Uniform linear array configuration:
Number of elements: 32
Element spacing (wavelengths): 0.5
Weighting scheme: binomial
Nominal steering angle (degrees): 0
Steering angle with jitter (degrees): -1.824
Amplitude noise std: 0.05
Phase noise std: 0.05

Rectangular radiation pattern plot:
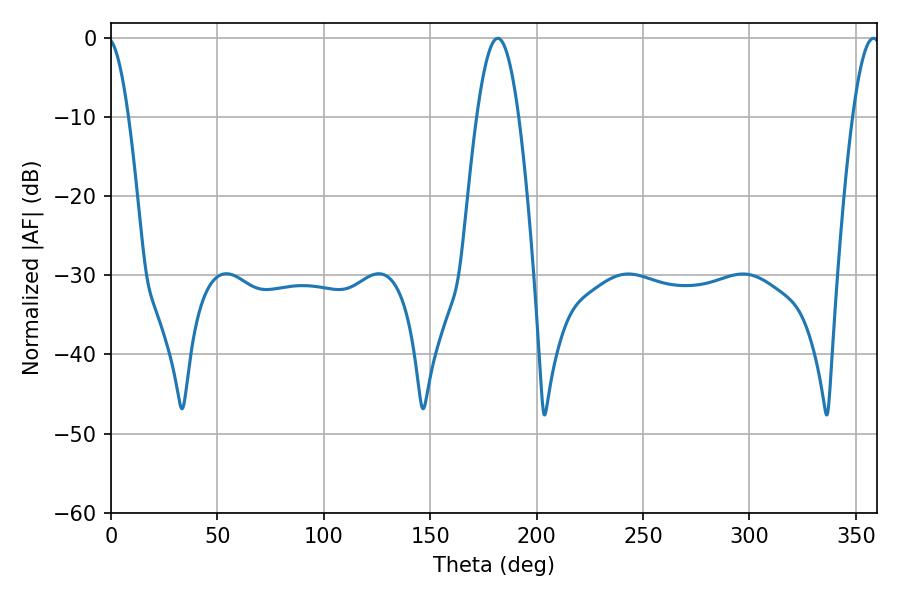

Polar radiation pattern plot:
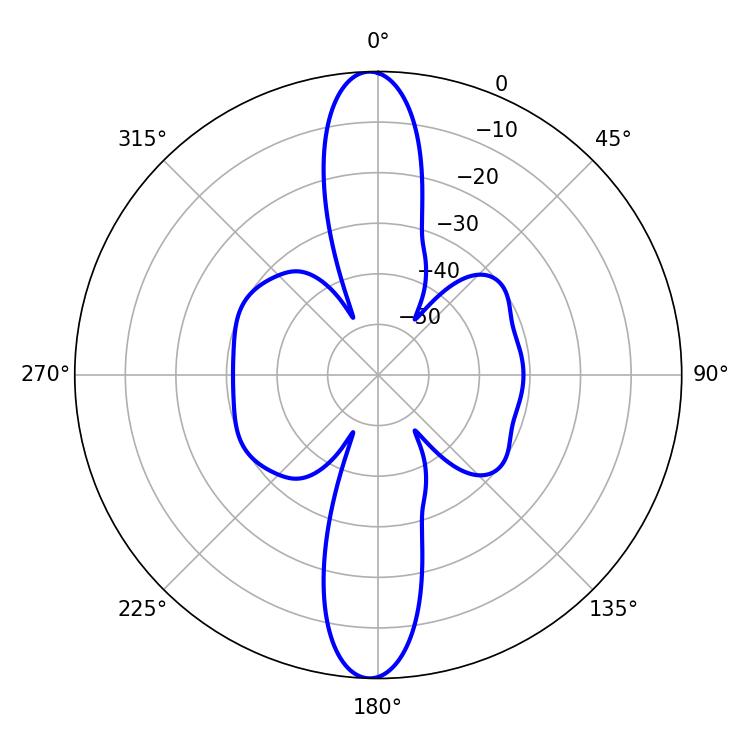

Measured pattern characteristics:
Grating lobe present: FALSE
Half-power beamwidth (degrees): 10.62
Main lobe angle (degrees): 181.8